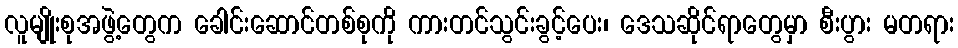
လူမျိုးစုအဖွဲ့တွေက ခေါင်းဆောင်တစ်စုကို ကားတင်သွင်းခွင့်ပေး၊ ဒေသဆိုင်ရာတွေမှာ စီးပွား မတရား